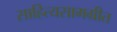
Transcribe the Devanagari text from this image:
साहित्यसामग्रीत